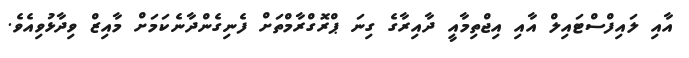
އާއި ލައިފްސްޓައިލް އާއި އިޖްތިމާއީ ދާއިރާގެ ގިނަ ޕްރޮގްރާމްތަށް ފެނިގެންދާނެކަމަށް މާއިޒް ވިދާޅުވިއެވެ.